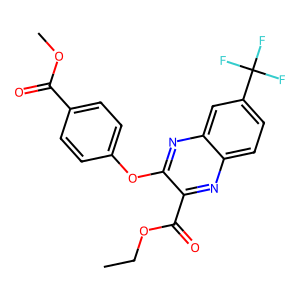
SMILES: CCOC(=O)c1nc2ccc(C(F)(F)F)cc2nc1Oc1ccc(C(=O)OC)cc1
Inhibits HIV replication: No